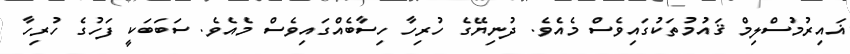
ޣައިރުމުސްލިމް ޤައުމުތަކުގައިވެސް މެއެވެ. ދުނިޔޭގެ ހުރިހާ ހިސާބެއްގައިވެސް މެއެވެ. ސަބަބަކީ ފަހުގެ ހުރިހާ